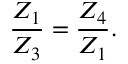
\frac { Z _ { 1 } } { Z _ { 3 } } = \frac { Z _ { 4 } } { Z _ { 1 } } .